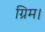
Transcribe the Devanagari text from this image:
ग्रिम।